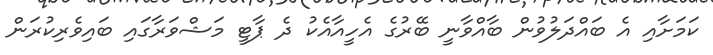
ކަމަށާއި އެ ބައްދަލުވުން ބާއްވާނީ ބޭރުގެ އެހީއާއެކު ދެ ޕާޓީ މަޝްވަރާގައި ބައިވެރިކުރަން